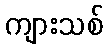
ကျားသစ်